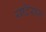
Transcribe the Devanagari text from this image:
यदिराज